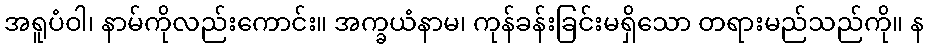
အရူပံဝါ၊ နာမ်ကိုလည်းကောင်း။ အက္ခယံနာမ၊ ကုန်ခန်းခြင်းမရှိသော တရားမည်သည်ကို။ န